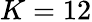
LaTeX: K=12